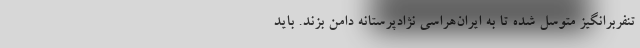
تنفربرانگیز متوسل شده تا به ایران‌هراسی نژادپرستانه دامن بزند. باید